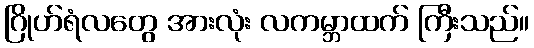
ဂြိုဟ်ရံလတွေ အားလုံး လကမ္ဘာထက် ကြီးသည်။